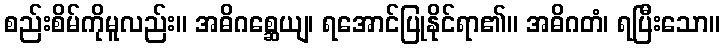
စည်းစိမ်ကိုမူလည်း။ အဓိဂစ္ဆေယျ၊ ရအောင်ပြုနိုင်ရာ၏။ အဓိဂတံ၊ ရပြီးသော။